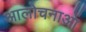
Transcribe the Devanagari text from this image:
आलोचनाआें